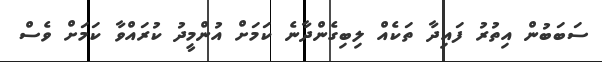
ސަބަބުން އިތުރު ފައިދާ ތަކެއް ލިބިގެންދާނެ ކަމަށް އުންމީދު ކުރައްވާ ކަމަށް ވެސް